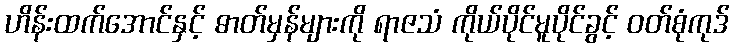
ဟိန်းထက်အောင်နှင့် ဓာတ်မှန်များကို ရာဇသံ ကိုယ်ပိုင်မူပိုင်ခွင့် ဝတ်စုံကုဒ်